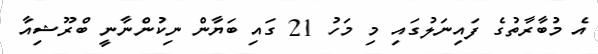
އެ މުބާރާތުގެ ފައިނަލުގައި މި މަހު 21 ގައި ބަޔާން ނިކުންނާނީ ބްރޫޝިއާ